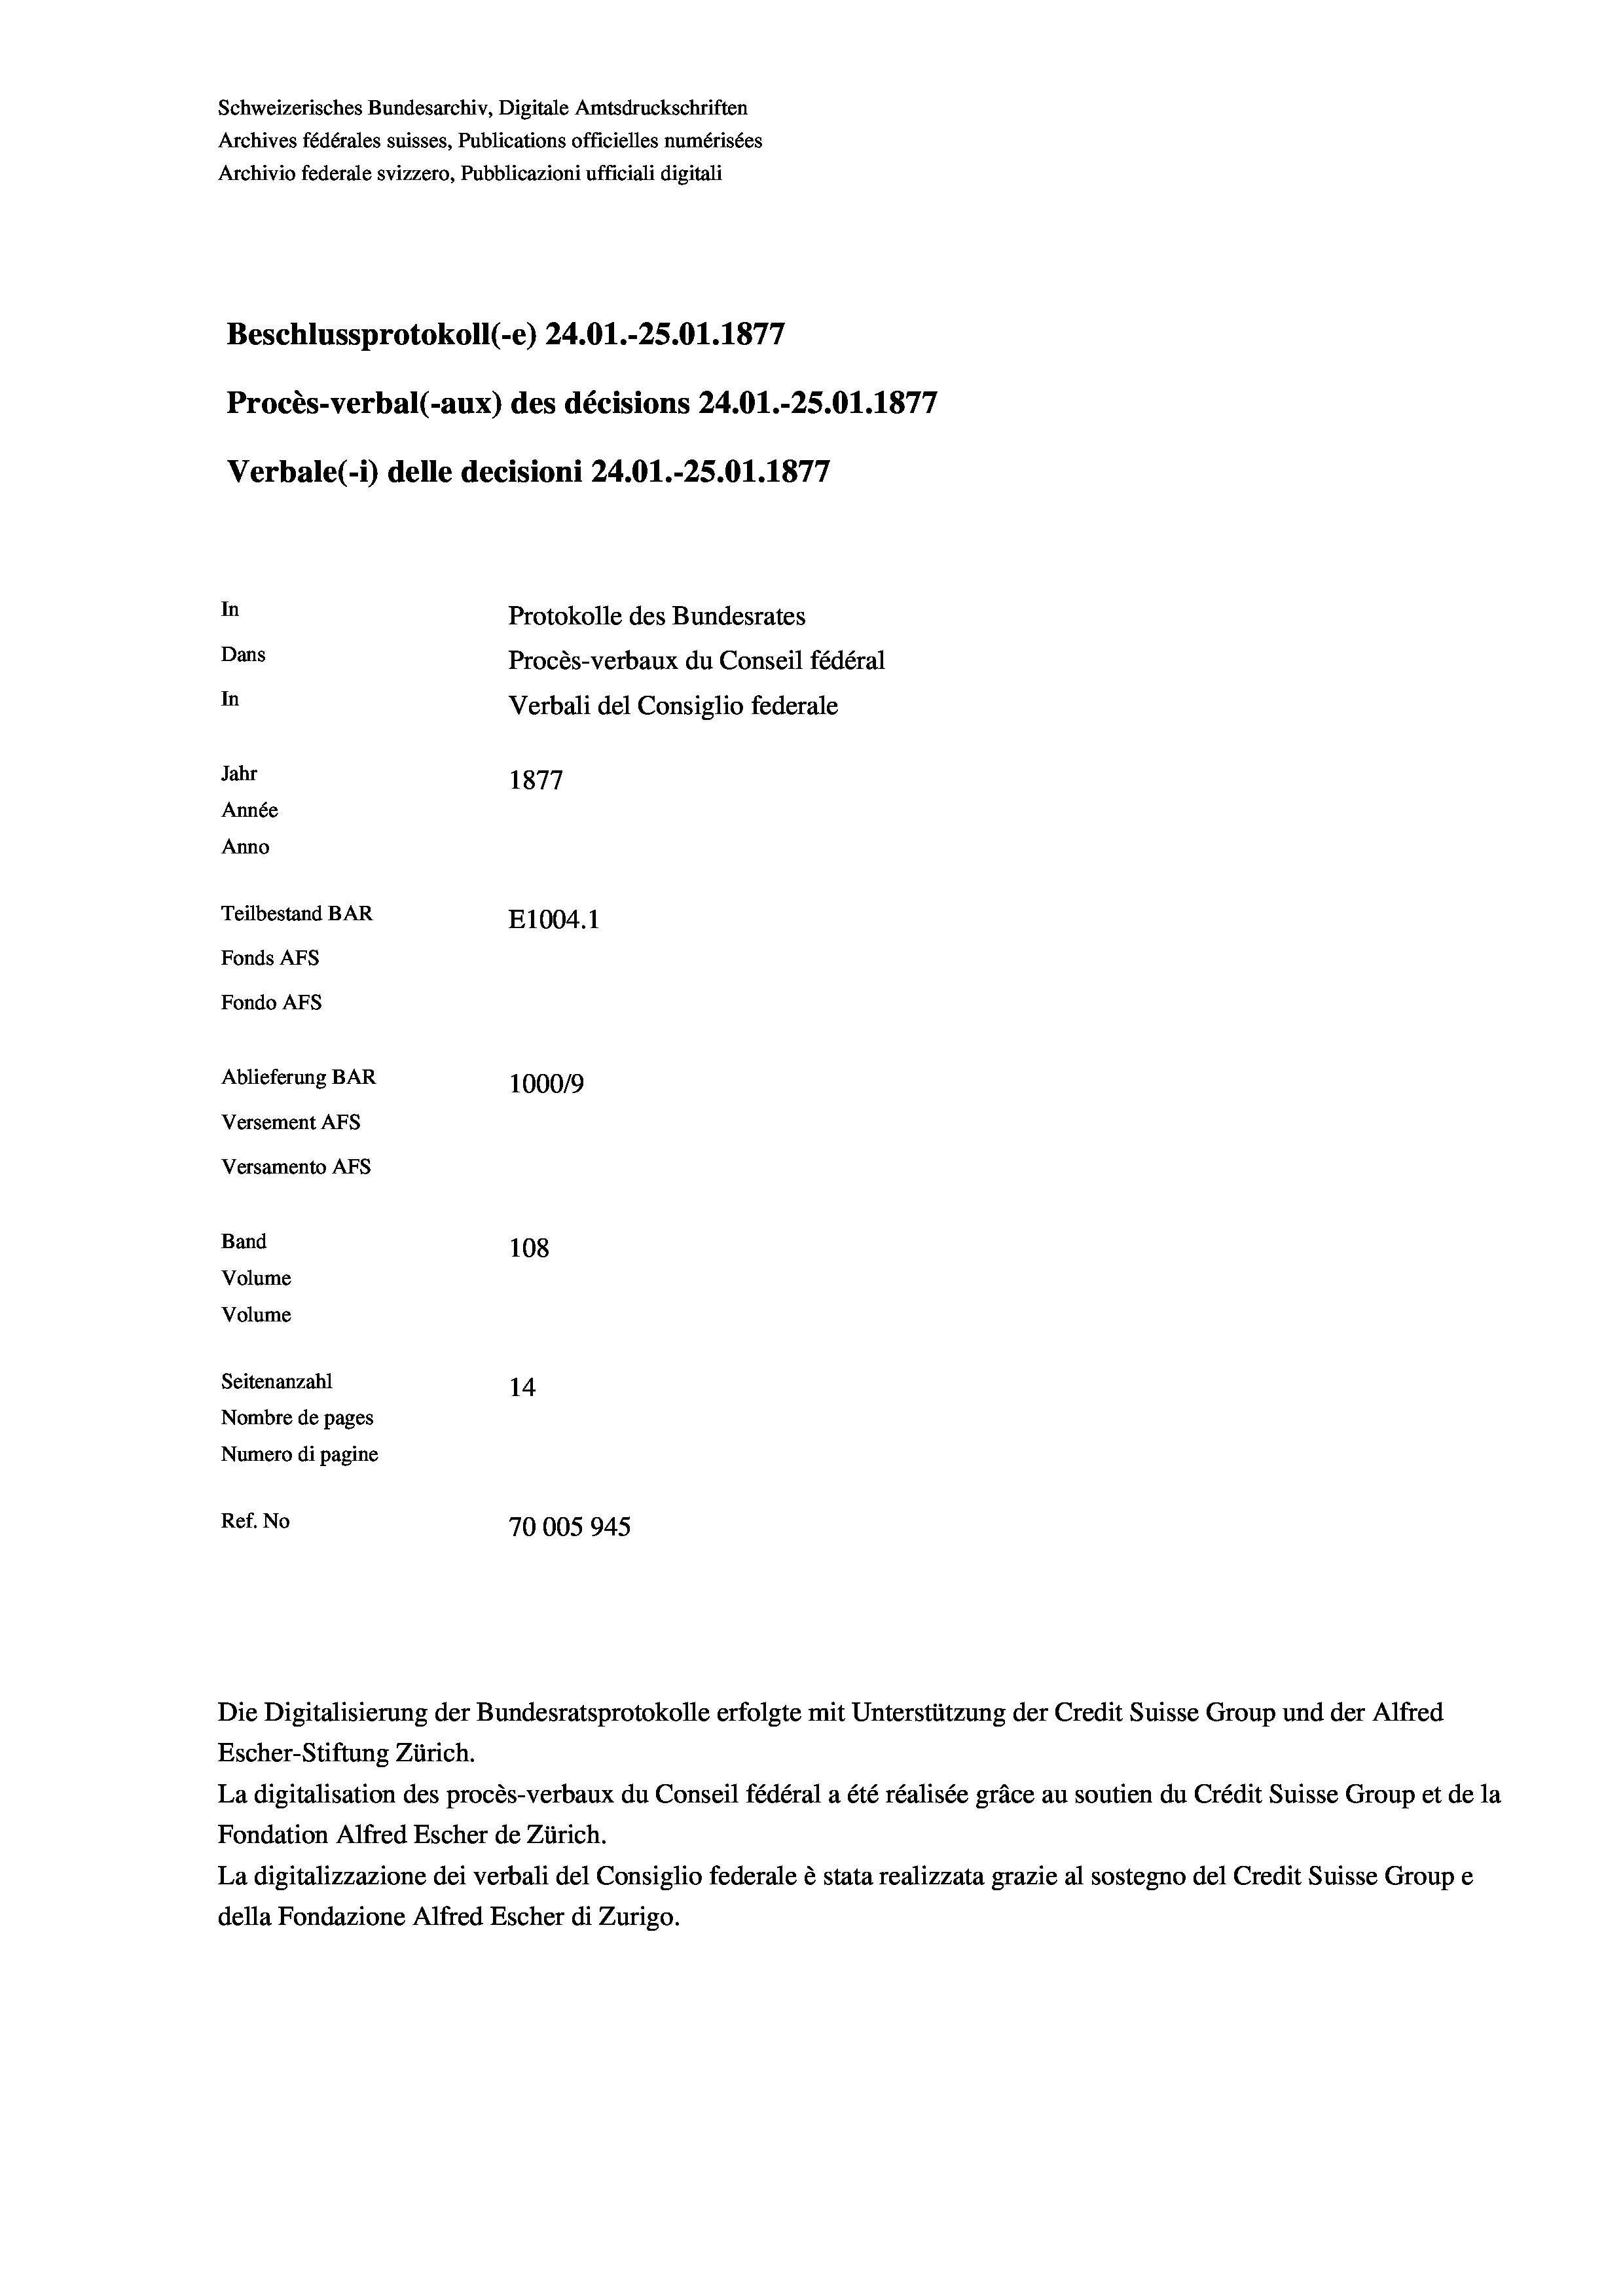
Schweizerisches Bundesarchiv, Digitale Amtsdruckschriften
Archives fédérales suisses, Publications officielles numérisées
Archivio federale svizzero, Pubblicazioni ufficiali digitali
Beschlussprotokoll (-e) 24.01.-25.01. 1877
Procès-verbal (-aux) des décisions 24.01.-25.01. 1877
Verbale (1) delle decisioni 24.01.-25.01. 1877
In
Protokolle des Bundesrates
Dans
Procès-verbaux du Conseil fédéral
In
Verbali del Consiglio federale
Jahr
1877
Année
Anno
Teilbestand BAR
E1004.1
Fonds AFs
Fondo AFS
Ablieferung BAR
100019
Versement AFs
Versamento Afs

Band
Volume
Volume

108
Seitenanzahl
14
Nombre de pages
Numero di pagine
Ref. No
70005945

Escher-Stiftung Zürich.
La digitalisation des procès-verbaux du Conseil fédéral a été réalisée gräce au soutien du Crédit Suisse Group et de la
Fondation Alfred Escher de Zürich.
La digitalizzazione dei verbali del Consiglio federale è stata realizzata grazie al sostegno del Credit Suisse Groupe
della Fondazione Alfred Escher di Zurigo.

Die Digitalisierung der Bundesratsprotokolle erfolgte mit Unterstützung der Credit Suisse Group und der Alfred